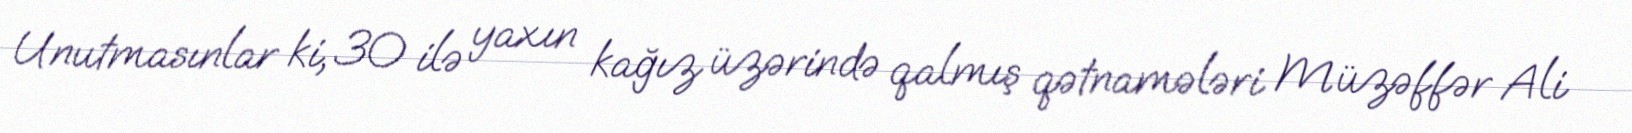
Unutmasınlar ki, 30 ilə yaxın kağız üzərində qalmış qətnamələri Müzəffər Ali